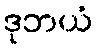
ဒုဘယံ